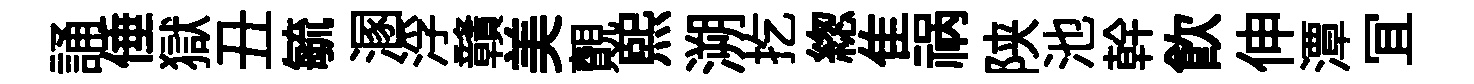
誦倕獄丑毓溷浮贛美覿煕溯扢緫隹祸陕池幹飮伸潭冝